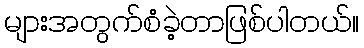
များအတွက်စံခဲ့တာဖြစ်ပါတယ်။